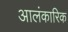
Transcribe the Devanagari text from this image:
आलंकारिक